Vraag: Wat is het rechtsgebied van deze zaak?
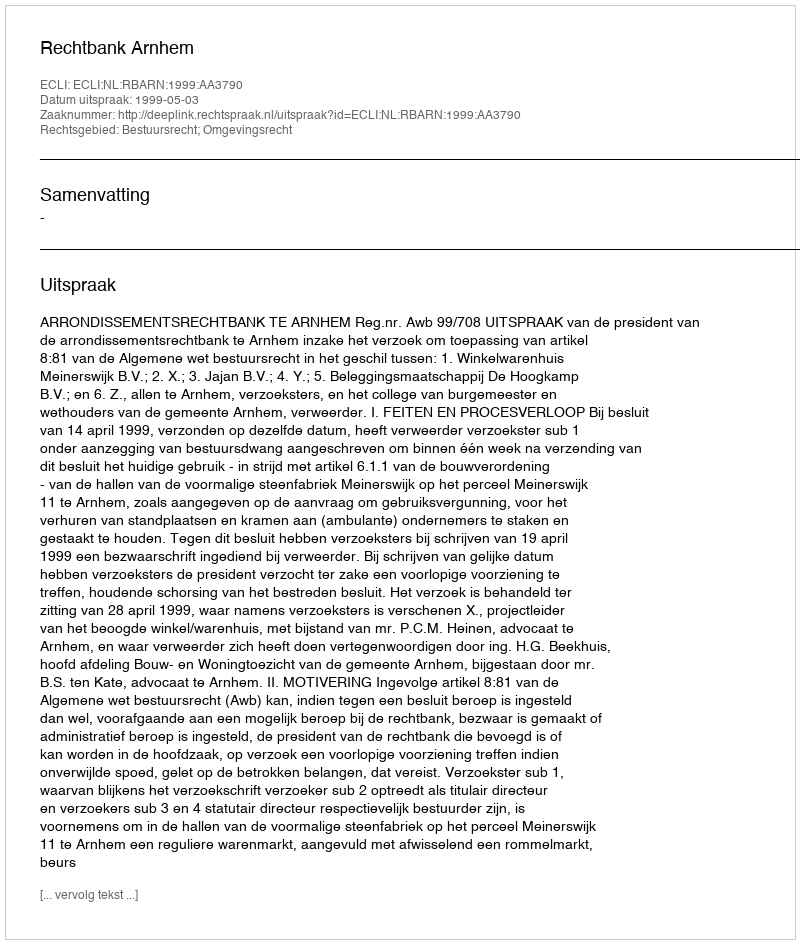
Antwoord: Bestuursrecht; Omgevingsrecht